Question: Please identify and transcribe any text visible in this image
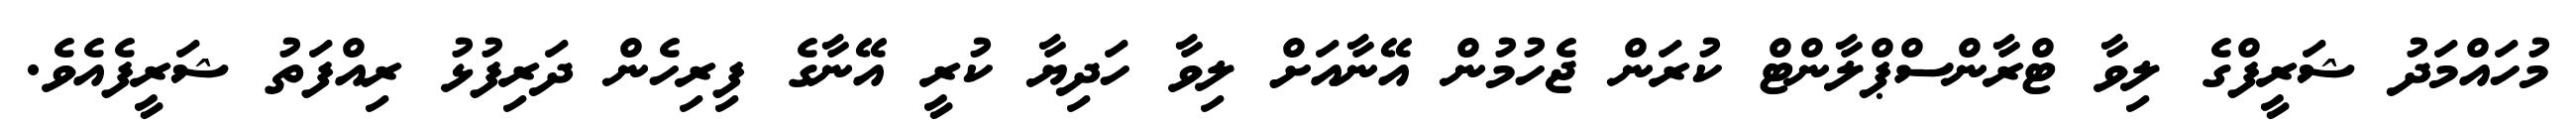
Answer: މުހައްމަދު ޝަރީފްގެ ލިވާ ޓްރާންސްޕްލާންޓް ކުރަން ޖެހުމުން އޭނާއަށް ލިވާ ހަދިޔާ ކުރީ އޭނާގެ ފިރިހެން ދަރިފުޅު ރިއްފަތު ޝަރީފެއެވެ.